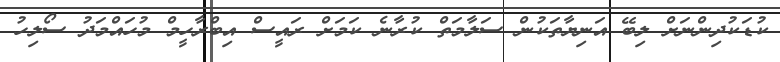
ކުޑަކުދިންނަށް ލިބޭ އަނިޔާތަކުން ސަލާމަތް ކުރާނެ ކަމަށް ރައީސް އިބްރާހީމް މުހައްމަދު ސޯލިހު